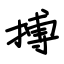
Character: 搏